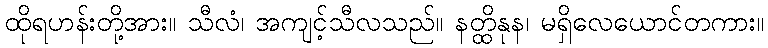
ထိုရဟန်းတို့အား။ သီလံ၊ အကျင့်သီလသည်။ နတ္ထိနုန၊ မရှိလေယောင်တကား။